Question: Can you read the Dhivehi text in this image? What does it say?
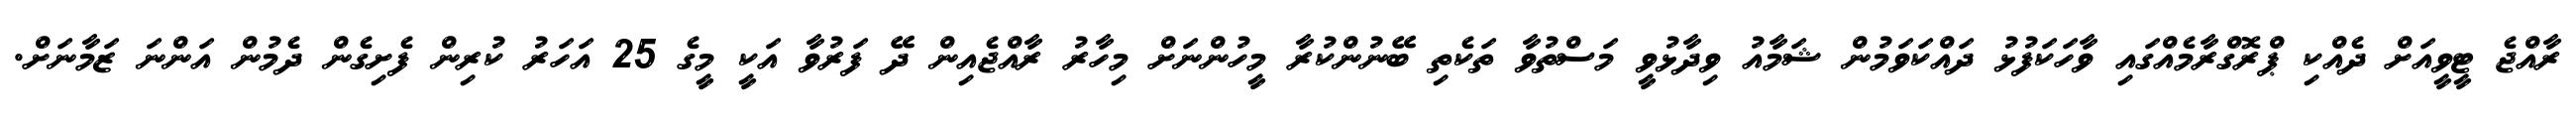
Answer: ރާއްޖެ ޓީވީއަށް ދެއްކި ޕްރޮގްރާމެއްގައި ވާހަކަފުޅު ދައްކަވަމުން ޝަމާއު ވިދާޅުވީ މަސްތުވާ ތަކެތި ބޭނުންކުރާ މީހުންނަށް މިހާރު ރާއްޖެއިން ދޭ ފަރުވާ އަކީ މީގެ 25 އަހަރު ކުރިން ފެށިގެން ދެމުން އަންނަ ޒަމާނަށް.